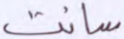
سانت